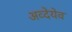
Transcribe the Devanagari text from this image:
अव्देयेव